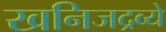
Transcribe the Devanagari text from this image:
खनिजद्रव्ये